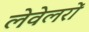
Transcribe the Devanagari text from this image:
लेवेलरों